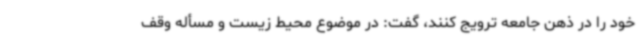
خود را در ذهن جامعه ترویج کنند، گفت: در موضوع محیط زیست و مسأله وقف